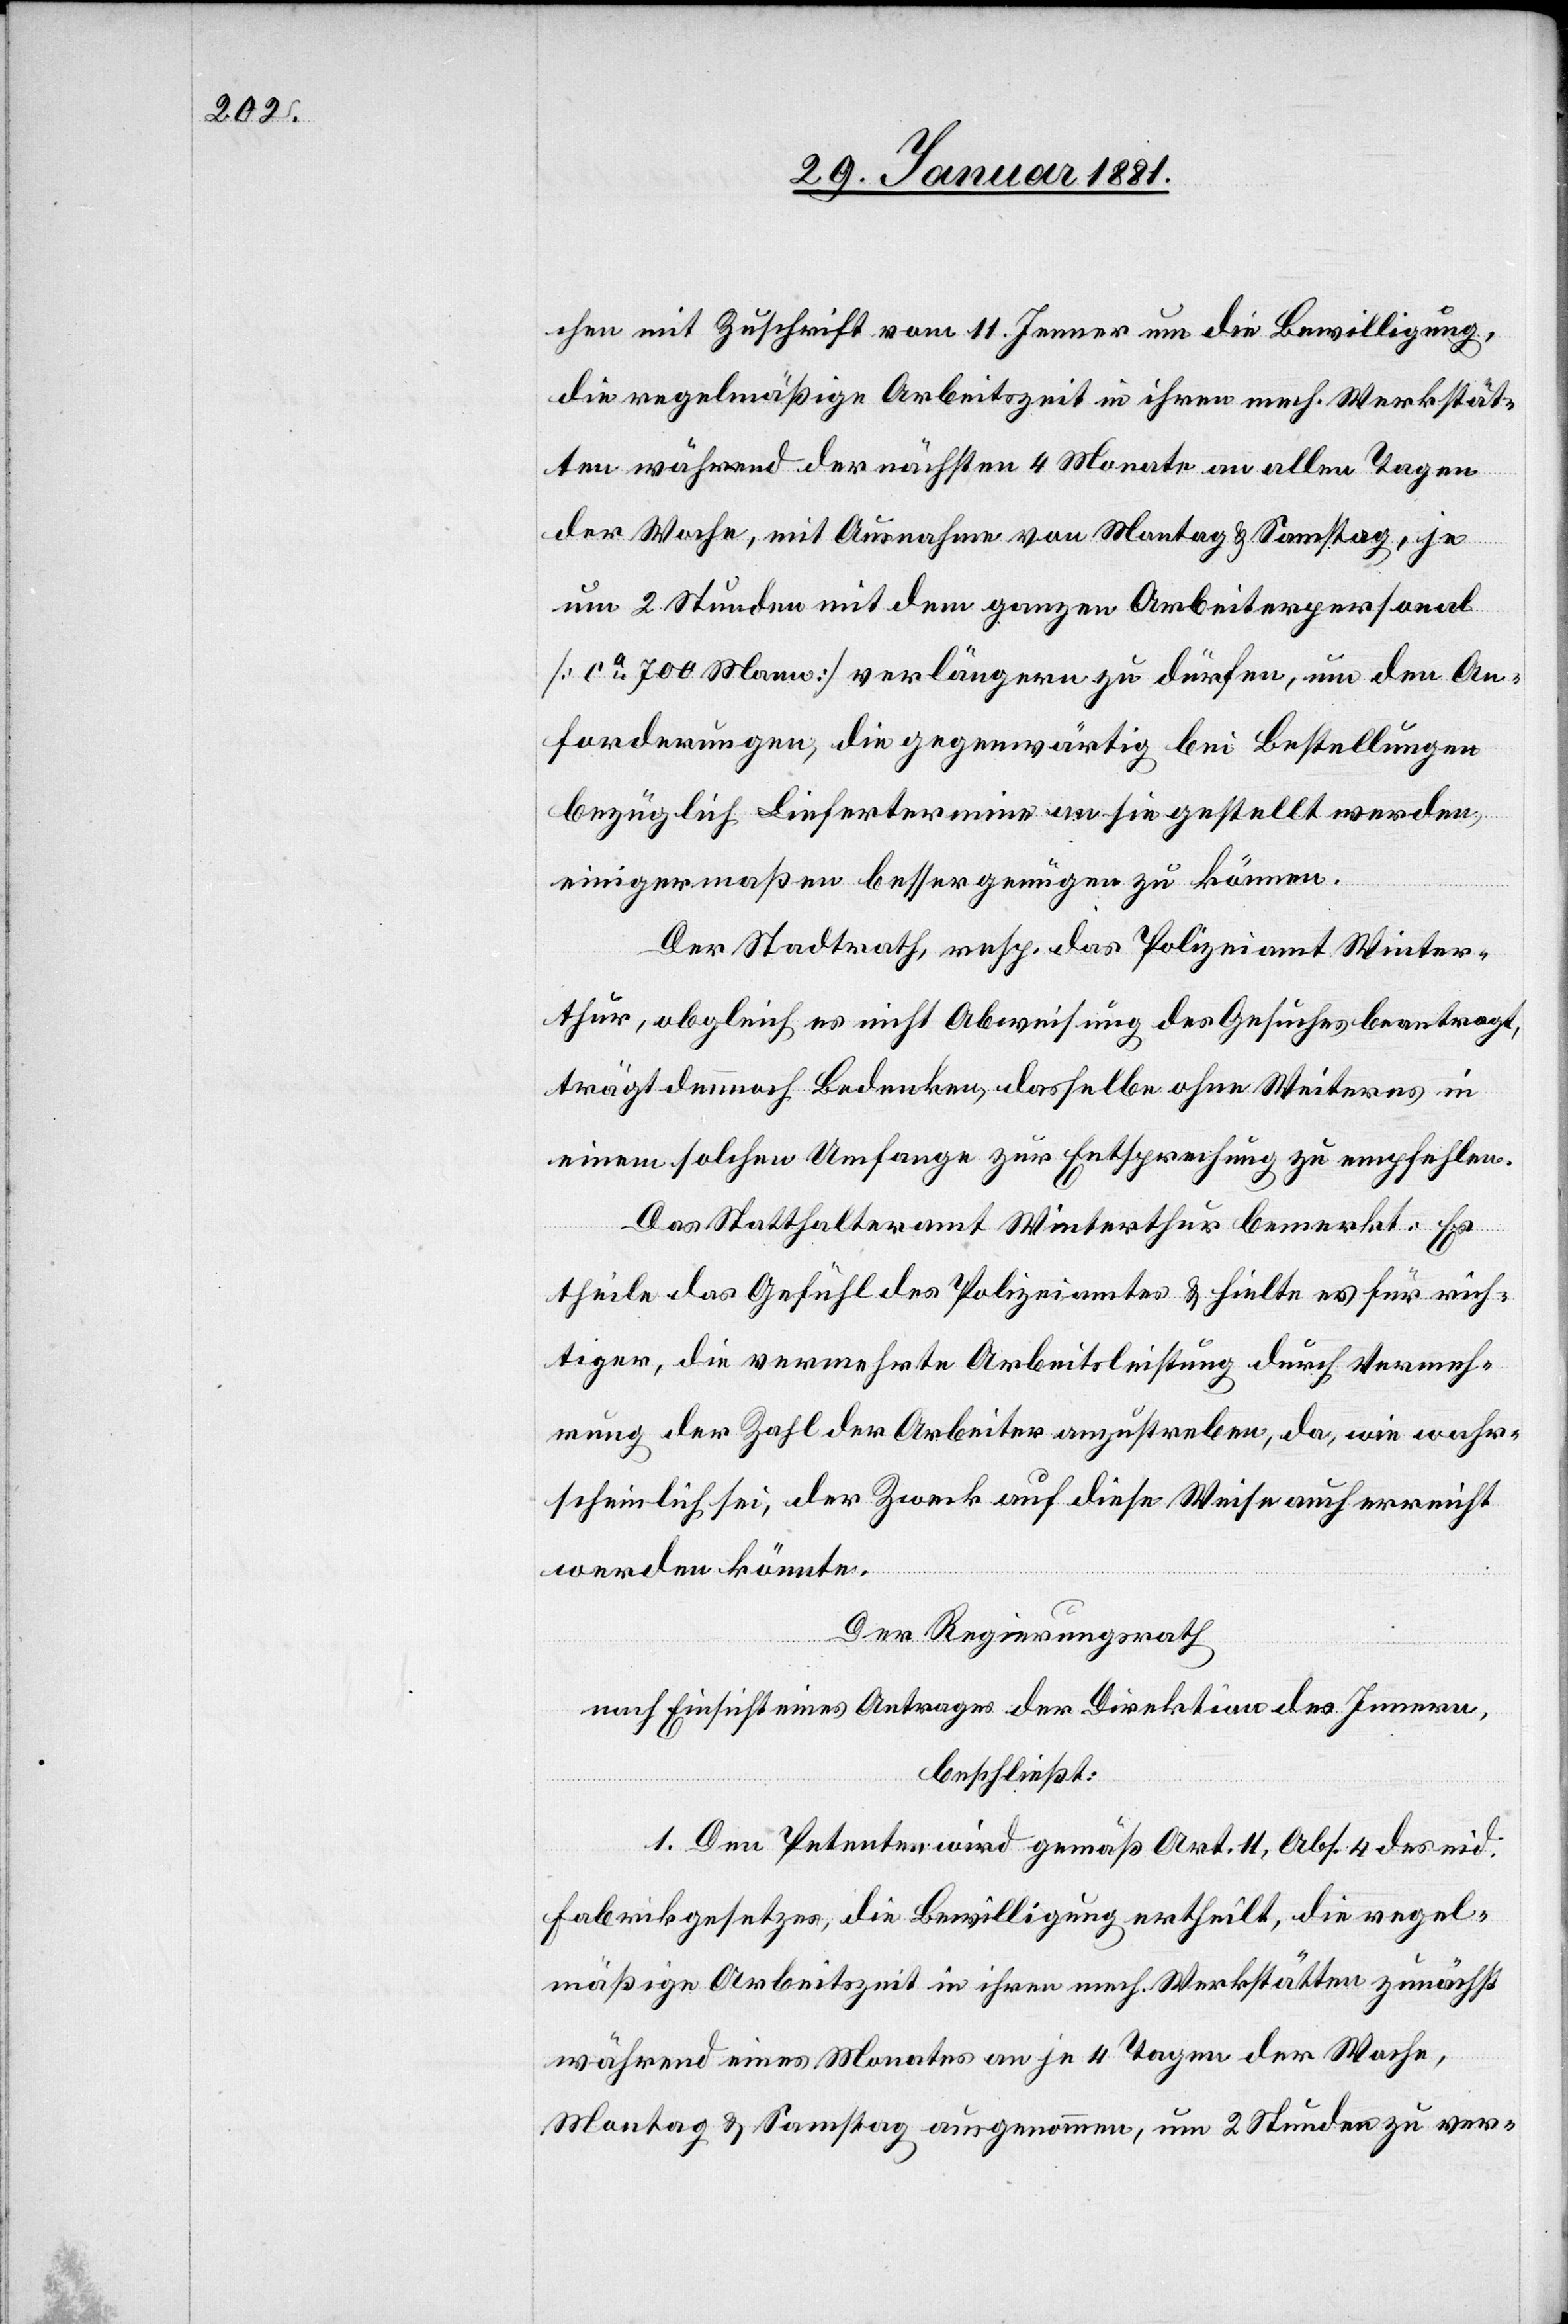
chen mit Zuschrift vom 11. Jenner um die Bewilligung,
die regelmäßige Arbeitszeit in ihrer mech. Werkstät¬
ten während der nächsten 4 Monate an allen Tagen
der Woche, mit Ausnahme von Montag & Sonntag, je
um 2 Stunden mit dem ganzen Arbeiterpersonal
[ca 700 Mann] verlängern zu dürfen, um den An¬
forderungen, die gegenwärtig bei Bestellungen
bezüglich Liefertermine an sie gestellt werden,
einigermaßen besser genügen zu können.
Der Stadtrath, resp. das Polizeiamt Winter¬
thur, obgleich es nicht Abweisung des Gesuches beantragt,
trägt dennoch Bedenken, dasselbe ohne Weiteres in
einem solchen Umfange zur Entsprechung zu empfehlen.
Das Statthalteramt Winterthur bemerkt: Er
theile das Gefühl des Polizeiamtes & hielte es für rich¬
tiger, die vermehrte Arbeitsleistung durch Vermeh¬
rung der Zahl der Arbeiter anzustreben, da, wie wahr¬
scheinlich sei, der Zweck auf diese Weise auch erreicht
werden könnte.
Der Regierungsrath,
nach Einsicht eines Antrages der Direktion des Innern,
beschließt:
1. Dem Petenten wird gemäß Art. 11, Abs. 4 des eid.
Fabrikgesetzes, die Bewilligung ertheilt, die regel¬
mäßige Arbeitszeit in ihren mech. Werkstätten zunächst
während eines Monates an je 4 Tagen der Woche,
Montag & Sonntag ausgenommen, um 2 Stunden zu ver-